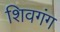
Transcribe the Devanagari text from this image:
शिवगंग